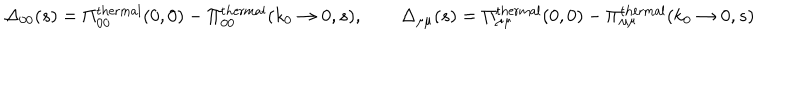
\Delta _ { 0 0 } ( s ) = \Pi _ { 0 0 } ^ { \mathrm { t h e r m a l } } ( 0 , 0 ) - \Pi _ { 0 0 } ^ { \mathrm { t h e r m a l } } ( k _ { 0 } \rightarrow 0 , s ) , \qquad \Delta _ { \mu \mu } ( s ) = \Pi _ { \mu \mu } ^ { \mathrm { t h e r m a l } } ( 0 , 0 ) - \Pi _ { \mu \mu } ^ { \mathrm { t h e r m a l } } ( k _ { 0 } \rightarrow 0 , s )